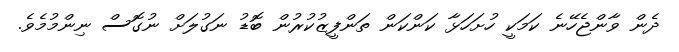
ދެން ވާންޖެހޭނެ ކަމަކީ ހުށަހަޅާ ކަންކަން ތަންފީޒުކުރުން ބޮޑު ނަގުލަށް ނުގޮސް ނިންމުމެވެ.